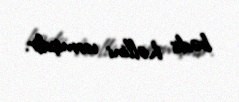
bədii həllini vermişdir.